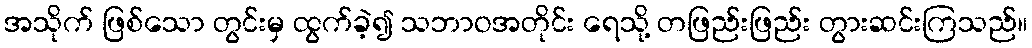
အသိုက် ဖြစ်သော တွင်းမှ ထွက်ခဲ့၍ သဘာဝအတိုင်း ရေသို့ တဖြည်းဖြည်း တွားဆင်းကြသည်။